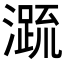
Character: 𭲭